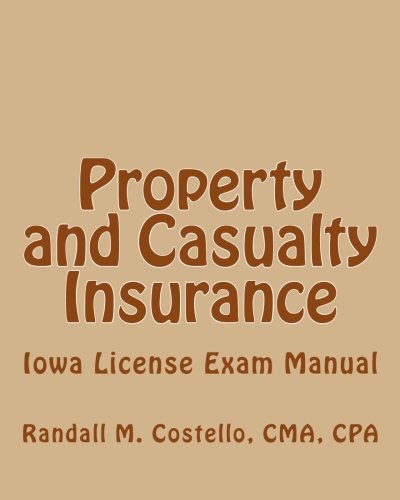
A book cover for Property and Casualty Insurance: Iowa License Exam Manual; CMA, CPA, Randall M. Costello; Business & Money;